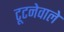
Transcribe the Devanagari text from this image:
टूटनेवाले